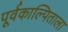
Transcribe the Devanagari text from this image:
पूर्वकाल्पिताला